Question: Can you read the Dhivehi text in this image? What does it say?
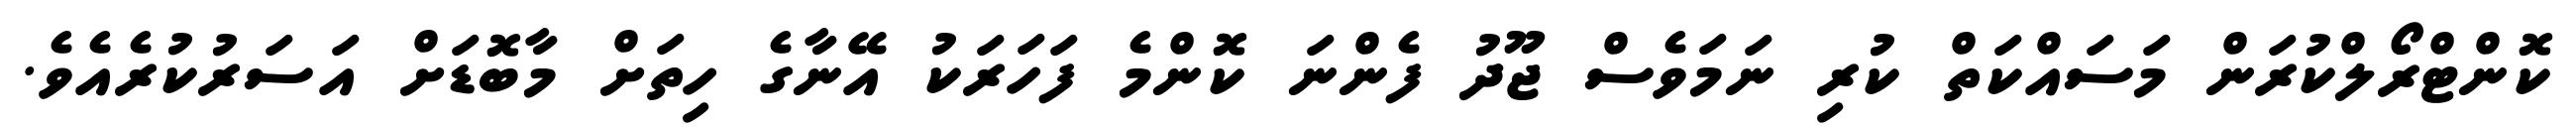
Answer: ކޮންޓްރޯލްކުރަން މަސައްކަތް ކުރި ނަމަވެސް ޖޫދު ފެންނަ ކޮންމެ ފަހަރަކު އޭނާގެ ހިތަށް މާބޮޑަށް އަސަރުކުރެއެވެ.